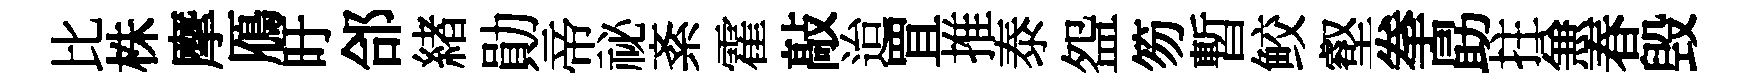
比株摩鴈旴郃緖勛帝祕紊霍敲迨罝推泰盌笏暫鲛壑拳勗拄𠔥春毁